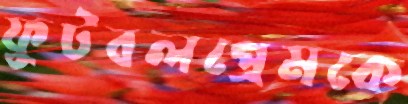
ফুটবলপ্রেমকে